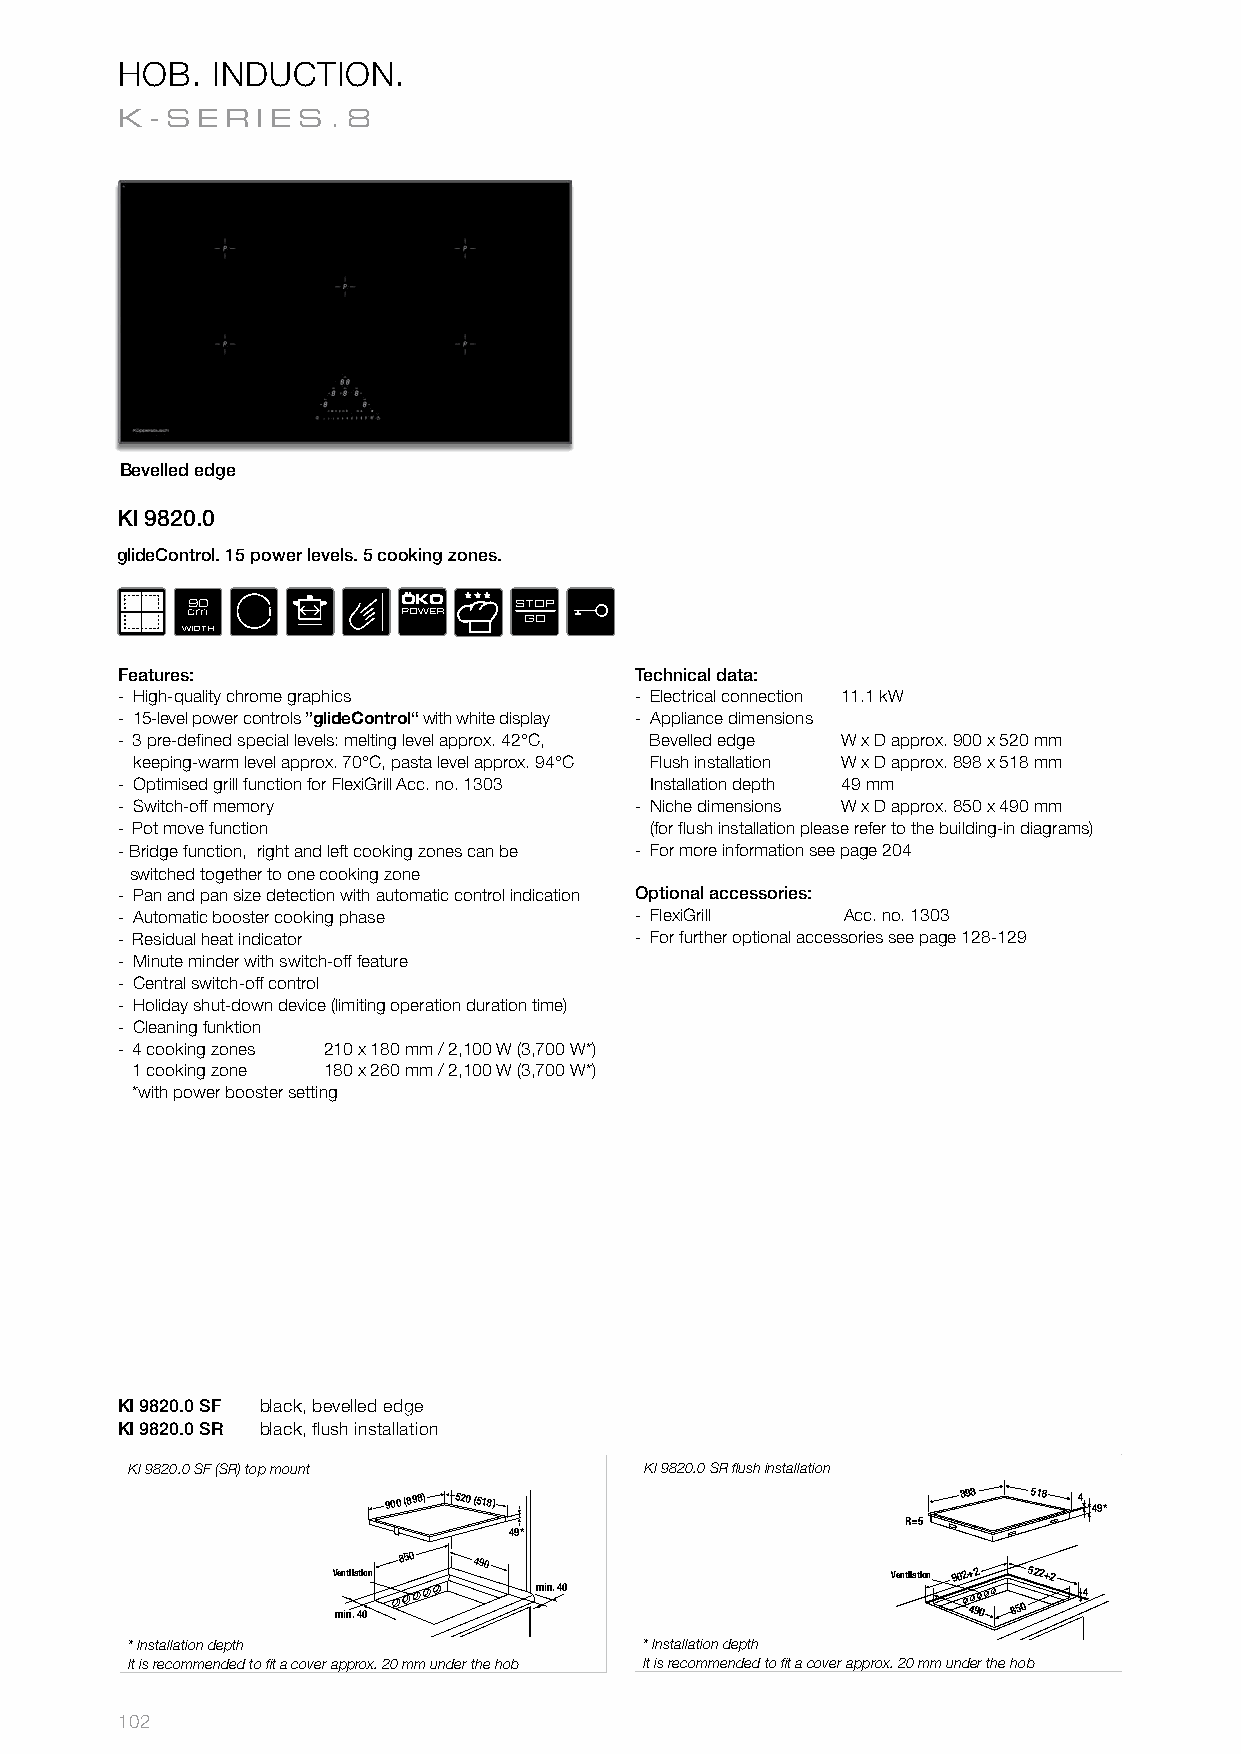
HOB.  INDUCTION.
 K-SER    IES.8
 Bevelled edge
 KI 9820.0
 glideControl. 15 power levels. 5 cooking zones.
 90             ÖKO    STOP
 cm             POWER
 WIDTH
 GO
 Features:                         Technical data:
 ­ High­quality chrome graphics    ­ Electrical connection 11.1 kW
 ­ 15­level power controls ”glideControl“ with white display ­ Appliance dimensions
 ­ 3 pre­defi ned special levels: melting level approx. 42°C, Bevelled edge W x D approx. 900 x 520 mm
 keeping­warm level approx. 70°C, pasta level approx. 94°C Flush installation W x D approx. 898 x 518 mm
 ­ Optimised grill function for FlexiGrill Acc. no. 1303 Installation depth 49 mm
 ­ Switch­off memory               ­ Niche dimensions W x D approx. 850 x 490 mm
 ­ Pot move function                (for fl ush installation please refer to the building­in diagrams)
 ­ Bridge function, right and left cooking zones can be ­ For more information see page 204
 switched together to one cooking zone
 ­ Pan and pan size detection with automatic control indication Optional accessories:
 ­ Automatic booster cooking phase ­ FlexiGrill  Acc. no. 1303
 ­ Residual heat indicator         ­ For further optional accessories see page 128­129
 ­ Minute minder with switch­off feature
 ­ Central switch­off control
 ­ Holiday shut­down device (limiting operation duration time)
 ­ Cleaning funktion
 ­ 4 cooking zones 210 x 180 mm / 2,100 W (3,700 W*)
 1 cooking zone 180 x 260 mm / 2,100 W (3,700 W*)
 *with power booster setting
 KI 9820.0 SF black, bevelled edge
 KI 9820.0 SR black, flush installation
 KI 9820.0 SF (SR) top mount        KI 9820.0 SR fl ush installation
 900 520
 900 (898) 520 (518)                   898 518 4 49*
 48*                                    R=5
 49*
 750
 490
 Vemntiinla.t i4o0n
 850
 490
 Ventilation 902+2 522+2
 min. 40                              4
 min. 40       min. 40                                   490 850
 * Installation depth               * Installation depth
 It is recommended to fi t a cover approx. 20 mm under the hob It is recommended to fi t a cover approx. 20 mm under the hob
 102